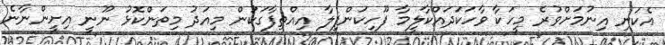
އެކަނި އިނުމަށްވުރެ މީހަކާ ވާހަކަދައްކާލީމާ ފޫހިކަންފިލާ އިއްތިފާގަކުން މިއަދު މިތަންކޮޅު ނޫނީ އިށީންނާނެ